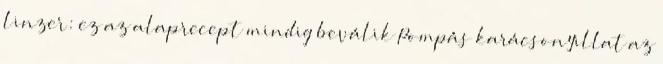
linzer: ez az alaprecept mindig beválik Pompás karácsonyillat az